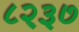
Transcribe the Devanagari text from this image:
८२३७